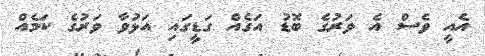
އެއީ ވެސް އެ ވަރުގެ ބޮޑު އަގެއް ގަޑީގައި އަޅުވާ ވަރުގެ ކަމެއް